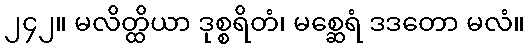
၂၄၂။ မလိတ္ထိယာ ဒုစ္စရိတံ၊ မစ္ဆေရံ ဒဒတော မလံ။